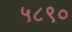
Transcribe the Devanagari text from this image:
५८९०